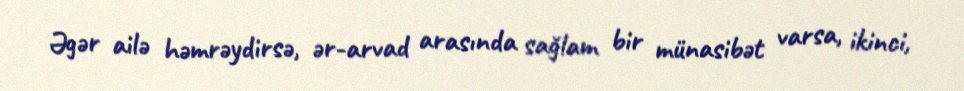
Əgər ailə həmrəydirsə, ər-arvad arasında sağlam bir münasibət varsa, ikinci,